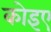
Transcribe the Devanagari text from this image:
कोइए